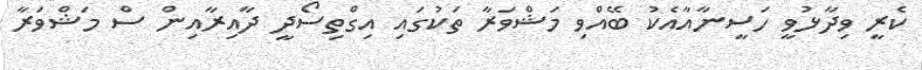
ކެރީ ވިދާޅުވީ ހަސީނާއާއެކު ބޭއްވި މަޝްވަރާ ތަކުގައި އިގްތިސޯދީ ދާއިރާއިން ސް މަޝްވަރާ